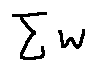
\sum w